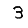
Digit: 3